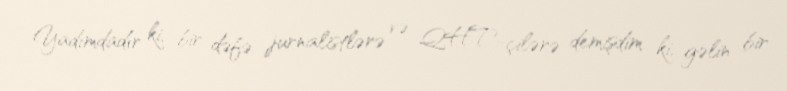
Yadımdadır ki, bir dəfə jurnalistlərə və QHT-çilərə demişdim ki, gəlin bir